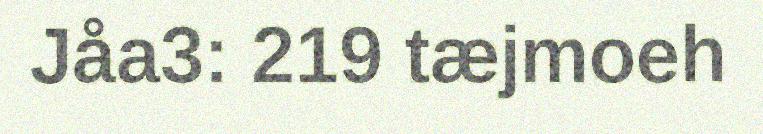
Jåa3: 219 tæjmoeh